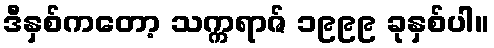
ဒီနှစ်ကတော့ သက္ကရာဇ် ၁၉၉၉ ခုနှစ်ပါ။